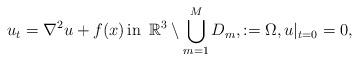
LaTeX: \begin{align*} u_t = \nabla^2u + f(x) \, \textrm{in } \, \mathbb{R}^3 \setminus \displaystyle\bigcup^{M}_{m =1} D_m,:=\Omega,u|_{t=0}=0,\end{align*}